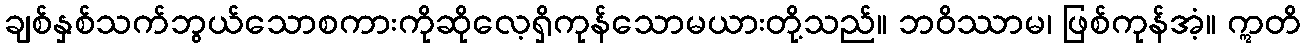
ချစ်နှစ်သက်ဘွယ်သောစကားကိုဆိုလေ့ရှိကုန်သောမယားတို့သည်။ ဘဝိဿာမ၊ ဖြစ်ကုန်အံ့။ ဣတိ